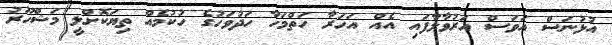
އުޅުނަސް އަވަސް އަރުވާލާފައި އެއް އަހަރާ ހަތްމަހާ ހަދުވަހުގެ ހުކުމެއް ތިޔަކޮށްލީ މަޝްހޫރު